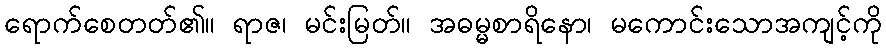
ရောက်စေတတ်၏။ ရာဇ၊ မင်းမြတ်။ အဓမ္မစာရိနော၊ မကောင်းသောအကျင့်ကို